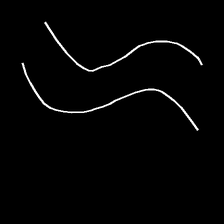
Glyph: float